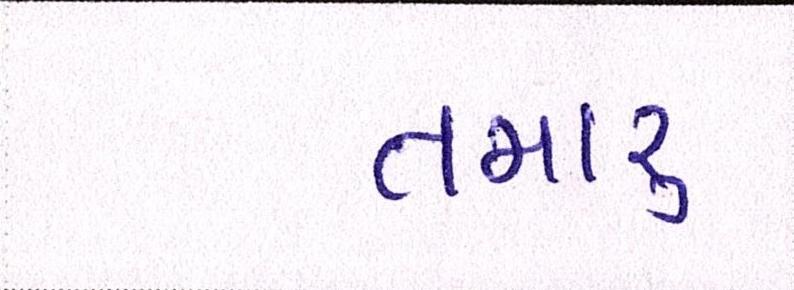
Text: તમારું